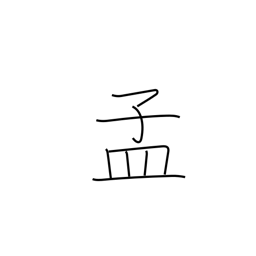
Meaning: beginning